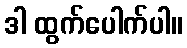
ဒါ ထွက်ပေါက်ပါ။